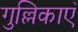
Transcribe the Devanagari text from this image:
गुल्लिकाएँ